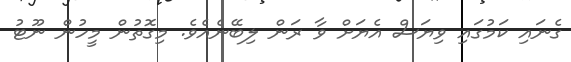
ގެނައި ކަމުގައި ވިޔަސް އެޔަށް ވާ ރަން ލިބޭނެއެވެ. މިގޮތުން މީހުން ނޫޓު